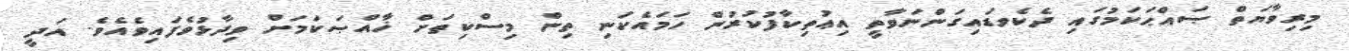
މިރިވާޔަތް ޞައްޙަކަމުގައި ދެކެވޑައިގަންނަވާތީ އިޢުތިކާފުކުރުން ހަމައެކަނި ތިން މިސްކިތަށް ޚާއްޞަކަމަށް ވިދާޅުވެފައިވެއެވެ. އަދީ